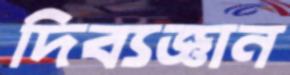
দিব্যজ্ঞান